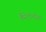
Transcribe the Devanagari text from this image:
कैरेटोनॉयड